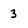
Character: 3